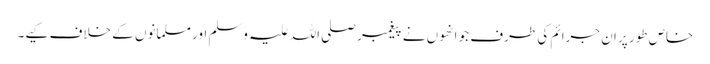
خاص طور پر ان جرائم کی طرف جو انھوں نے پیغمبر صلی اللہ علیہ وسلم اور مسلمانوں کے خلاف کیے۔